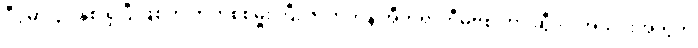
ဒီပွဲမှာ ၄၁ နှစ် ရှိပြီ ဖြစ်တဲ့ တိုက်စစ်မှူးကြီး ဇလာတန် အီဘရာဟီမိုဗစ် ဟာ ဆွီဒင် အသင်းအတွက်